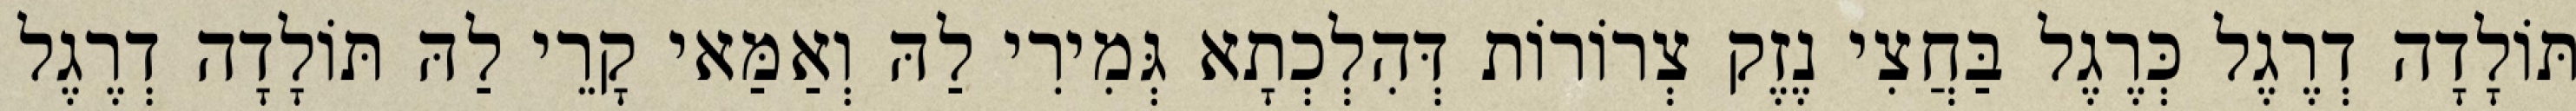
תּוֹלָדָה דְרֶגֶל כְּרֶגֶל בַּחֲצִי נֶזֶק צְרוֹרוֹת דְּהִלְכְתָא גְּמִירִי לַהּ וְאַמַּאי קָרֵי לַהּ תּוֹלָדָה דְרֶגֶל